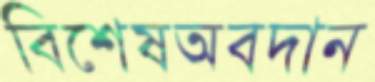
বিশেষঅবদান